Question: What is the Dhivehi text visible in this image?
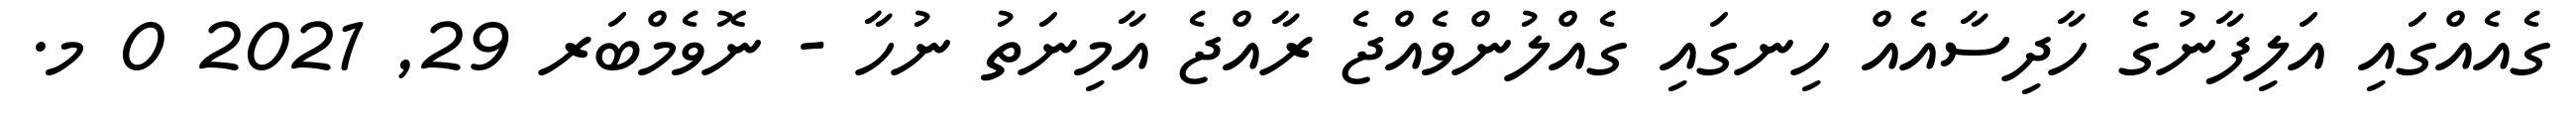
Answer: ގެއެއްގައި އަލިފާނުގެ ހާދިސާއެއް ހިނގައި ގެއްލުންވެއްޖެ ރާއްޖެ އާމިނަތު ނުހާ - ނޮވެމްބަރ 29, 2021 0 މ.